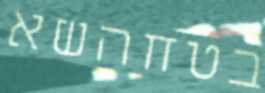
בטחהשא